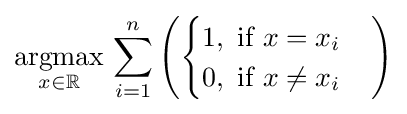
{\underset {x\in \mathbb {R} }{\operatorname {argmax} }}\,\sum _{i=1}^{n}\left({\begin{cases}1,{\text{ if }}x=x_{i}\\0,{\text{ if }}x\neq x_{i}\end{cases}}\right)